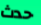
حدث